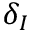
\delta _ { I }